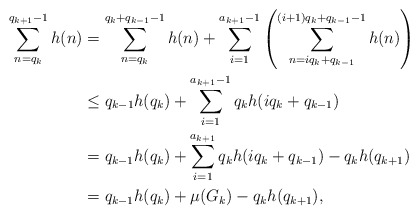
\begin{align*}\sum_{n = q_k}^{q_{k+1} -1} h(n)&= \sum_{n=q_k}^{q_k+q_{k-1}-1} h(n) + \sum_{i=1}^{a_{k+1}-1} \left( \sum_{n = iq_k + q_{k-1}}^{(i+1)q_k+q_{k-1}-1} h(n) \right) \\&\le q_{k-1} h(q_k) + \sum_{i=1}^{a_{k+1}-1} q_k h(iq_k + q_{k-1}) \\&= q_{k-1} h(q_k) + \sum_{i=1}^{a_{k+1}} q_k h(iq_k + q_{k-1}) - q_k h (q_{k+1}) \\&= q_{k-1} h(q_k) + \mu(G_k) - q_k h(q_{k+1}),\end{align*}